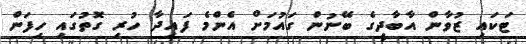
ޓަކައި ޒުވާން އާބާދީގެ ބޭނުން ގައުމަށް އެންމެ ފައިދާ ހުރި ގޮތުގައި ހިފަން